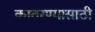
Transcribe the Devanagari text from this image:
कातरण्यासाठी